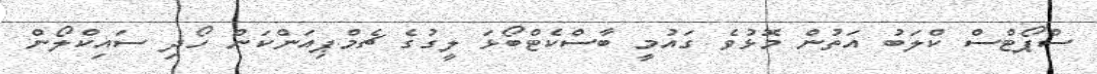
ސްޕޯޓްސް ކްލަބު އަތުން މޮޅުވެ ގައުުމީ ބާސްކެޓްބޯޅަ ލީގުގެ ޗެމްޕިއަންކަން ހޯދި ސައިކްލޯން